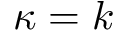
\kappa = k